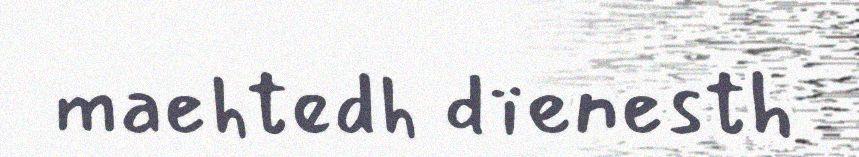
maehtedh dïenesth